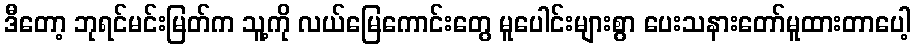
ဒီတော့ ဘုရင်မင်းမြတ်က သူ့ကို လယ်မြေကောင်းတွေ မူပေါင်းများစွာ ပေးသနားတော်မူထားတာပေါ့